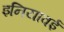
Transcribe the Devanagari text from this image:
इनियावई